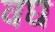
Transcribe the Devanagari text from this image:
वघ